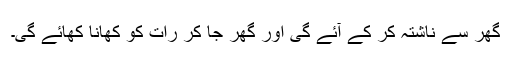
گھر سے ناشتہ کر کے آئے گی اور گھر جا کر رات کو کھانا کھائے گی۔